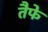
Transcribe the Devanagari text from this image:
तैफे